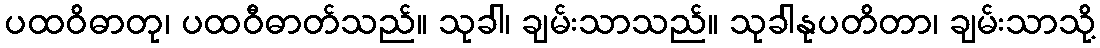
ပထဝိဓာတု၊ ပထဝီဓာတ်သည်။ သုခါ၊ ချမ်းသာသည်။ သုခါနုပတိတာ၊ ချမ်းသာသို့